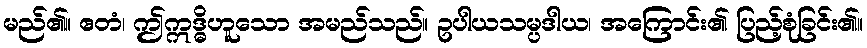
မည်၏။ ဧတံ၊ ဤဣဒ္ဓိဟူသော အမည်သည်။ ဥပါယသမ္ပဒါယ၊ အကြောင်း၏ ပြည့်စုံခြင်း၏။